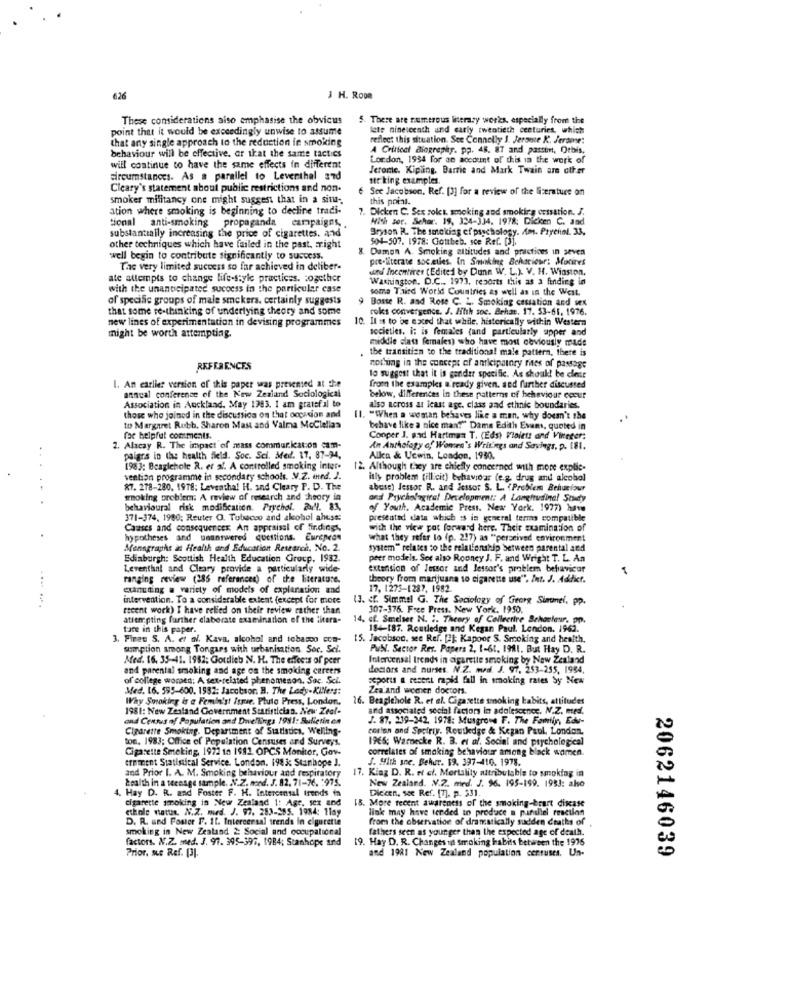
626
JH. Room
These considerations also emphasise the obvicus
5. There are numerous literary works, especially from tine
point that it would be exceedingly unwise to assume
late nineteenth und carly twentieth centuries, which
that any single approach to the reduction in smoking
reflect this situation. See Connelly J. Jerome K. Jerome:
behaviour will be effective. or that the same tactics
A Critical Biography. pp. 48. 87 and parsen, Orbis,
London, 1934 for an account of this in the work of
will continue to have the same effects in different
Jerome. Kipling, Barrie and Mark Twain are other
circumstances. As a parallel to Leventhal and
ste king examples.
Cicary's statement about public restrictions and non-
Sce Jacobson, Ref. [3] for a review of the literature on
smoker militancy one might suggest that in a situ-
this point.
ation where smoking is beginning to decline tradi-
7. Dicken C. Sex zolt, smoking and smoking orssation. J.
tional
anti-smoking
propaganda
campaigns,
Mich sor. Sehar. 19, 334-334. 1978: Dicken C. and
Bryson R. The smoking of psychology. Am. Pryenel. 33.
substantially increasing the price of cigarettes, and
504-507. 1978: Gottbeb. sce Ref. [J].
other techniques which have failed in the past. cright
Damon A. Smoking attitudes and practices in seven
well begin to contribute significantly to success.
pre-literate soc.elles. In Smoking Behaviour: Morires
The very limited success so far achieved in deliber-
und Incentives (Edited by Dunn W. L.). V. H. Winston.
ate attempts to change life-style practices. together
Washington, D.C ., 1973, resorts this as a finding in
with the unanticipated success in the particular case
soma Third World Countries as well as in the West.
of specific groups of male smokers. certainly suggests
Bosse R. and Rose C. L. Smoking cessation and sex
that some re-thinking of underlying theory and some
roks convergence. J. Filth soc. Behat. 17. 53-61. 1976.
new lines of experimentation in devising programmes
10. Il is to be exced that while. historically within Western
societies. i: is females (and particularly upper and
might be worth attempting.
middle class females) who have most obviously made
.
the transition to the traditional male pattern, there is
REFERENCES
nothing in the concept of anticipatory rites of passage
to suggest that it is gender specific. As chouk! be der
1. An earlier version of this paper was presented at the
from the examples a ready given. sed further discussed
annual conference of the New Zealand Sociological
Association in Auckland. May 1983. I am grateful to
below, differences in these patterns of behaviour coour
also across at icast age. class and ethnic boundaries.
those who joined in the discussion on that occasion and
[1. "When a woman behaves like a man, why doesn't the
to Margaret Rubb, Sharon Mast and Valma McClellas
behave like a nice man?" Dame Edith Evans, quoted in
fae helpful comments.
Cooper J. pad Hartman T. (Eds) Flalets and Viteter:
2. Alacay R. The impact of mass communication cam-
An Anthology of Women's Writings and Savings, p. 181.
..
palgrs in the health field. Soc. Sci. Med'. 17, 87-94,
Allen & Ucwin, London, 1980.
1983: Beaglehole R. et al. A controlled smoking inter-
12. Although they are chiefly concerned with more explic-
vention programme in secondary schools. N.Z. med. J.
itly problem (illicit) behavio ar (e.g. drug and alcohol
87. 278-280. 1978; Leventhal H. and Cleary P. D. The
abuse) lessor R. and Jessor S. L. (Problem Behuciour
..
woking problem: A review of research and Theory in
and Psychological Development: A Longitudinal Study
behavioural risk modification. Prychal. 241. 83.
of Youth. Academic Press. New York. 1977) have
371-374, 1980; Reuter O. Tobacco and alcohol abuse:
presented data which is in general terms compatible
Causes and consequences An appraisal of findings.
with the view pot forward here. Their examination of
hypotheses and unanswered questions. European
what they refer lo (p. 227) as "perceived environment
Menngraphe at Health and Education Research, No. 2.
system" relates to the relationship between parental and
Edinburgh: Scottish Health Education Group. 1932.
peer models. See also Rooney J. F. and Wright T. L. An
Leventhal and Cleary provide a particularly wide-
extension of lessor and lessor's problem behavicar
...
ranging review (285 references) of the literature.
theory from marijuana to cigarette use". Int. J. Addict.
cxinuting a variety of models of explanation and
17, 1273-1287, 1982.
intervention. To a considerable extent (except for more
. if. Simmel G. The Sociology of Georg Simmel, pp.
recent work) I have relied on their review rather than
307-376. Free Press. New York. 1950.
attempting further elaborate examination of the litera-
14. cf. Smelser N. :. Theory of Colleerire Schonteur. pp.
tare in this paper.
184-187. Routledge and Kegan Paul. London. 1962.
3. Fines S. A. et al. Kava, alcohol and tobacco com-
15. Jacobson. see Ref. [2]; Kapoor S. Srcoking and health,
sumption among Tongars with urbanisation Soc. Sci.
Publ. Sector Res. Papers 2, 1-61, 1911. But Hay D. R.
Med. 16. 35-41. 1982: Goudich N. H. The effects of peer
Intervensal trends in cigarette smoking by New Zealand
and parental smoking and age on the smoking careers
doctors and nurses. N.Z. med. J. 97. 253-255, 1994.
of college worsen: A sex-related phenomenon, Sac. Sci.
asports & reser.L rapid fall in smoking rates by New
Med. 16. 595-600. 1532: Jacobsor. B. The Lody-Killers:
Zea'and weener doctors.
Why Smoking is a Femin's! Issue. Pluto Press, London,
26. Beaglehole R. et al. Cigarette smoking kabits, attitudes
1981: New Zealand Government Statistician. New Zeal-
and associated social factors in adolescence. N.Z. med.
and Census of Population and Dwellings 1981: Bulletin en
J. 87. 219-342. 1978: Musgrove F. The Family, Edu-
Cigarette Smoking. Department of Statistics, Welling-
corton and Saciriy. Routledge & Kegan Paul, London.
ton. 1983; Office of Population Censuses and Surveys.
1965; Warnecke R. B. et al. Social and prychological
Cigarette Smoking, 1972 to 1981. OPCS Monitor, Gov-
correlates of smoking behaviour among black women.
ernment Statistical Service. London. 1983: Stanhope J.
J. Mitk sne. Behur. 19. 397-410. 1978.
and Prior I. A. M. Smoking behaviour and respiratory
17. King D. R. rf cl. Mortality nitribulable to smoking in
&ealth in a teenage sample. N.Z. mond. J. 82. 71-76. : 975.
New Zealand. N.2. med. J. 96. 195-199. 1983: also
4. Hay D. R. and Foster F. H. Intercensal trends in
Diecen, so Ref. [7], p. 331.
cigarette smoking in New Zealand 1: Age, sex and
18. More recent awareness of the smoking-beurt disease
chole natus. N.Z. mid. J. 97. 283-285. 1984: 11ay
link may have tended to produce a pardiel reaction
D. R. und Foster F. 11. Intercersal trends in elgurette
from the observation of dramatically sudden ctaths of
smoking in New Zealand 2: Social and occupational
fathers seen as younger than the expected age of death.
factors. N.Z. med. J. 97. 395-397, 1984; Stanhope and
19. Hay D. R. Changes in smoking habits between the 1976
Prior. se Ref. [I.
and 1981 New Zealand population centuses. Un-
2062146039